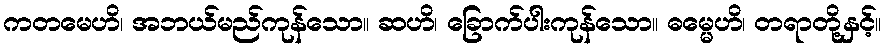
ကတမေဟိ၊ အဘယ်မည်ကုန်သော။ ဆဟိ၊ ခြောက်ပါးကုန်သော။ ဓမ္မေဟိ၊ တရာတို့နှင့်။